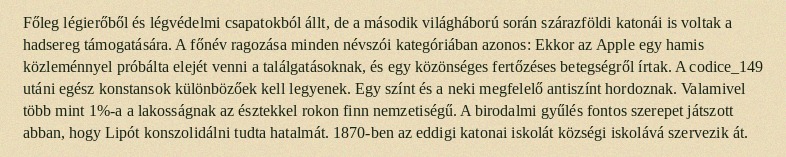
Főleg légierőből és légvédelmi csapatokból állt, de a második világháború során szárazföldi katonái is voltak a hadsereg támogatására. A főnév ragozása minden névszói kategóriában azonos: Ekkor az Apple egy hamis közleménnyel próbálta elejét venni a találgatásoknak, és egy közönséges fertőzéses betegségről írtak. A codice_149 utáni egész konstansok különbözőek kell legyenek. Egy színt és a neki megfelelő antiszínt hordoznak. Valamivel több mint 1%-a a lakosságnak az észtekkel rokon finn nemzetiségű. A birodalmi gyűlés fontos szerepet játszott abban, hogy Lipót konszolidálni tudta hatalmát. 1870-ben az eddigi katonai iskolát községi iskolává szervezik át.